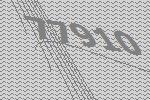
77910